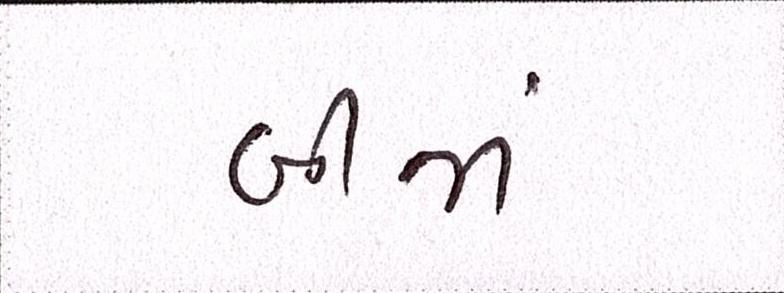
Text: બીજાં